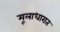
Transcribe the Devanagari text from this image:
मूलाधारात